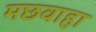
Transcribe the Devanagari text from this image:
मछवाहा